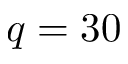
q = 3 0